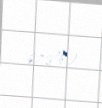
67.8%).